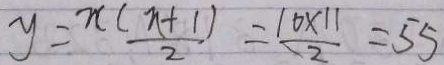
y = \frac { n ( n + 1 ) } { 2 } = \frac { 1 0 \times 1 1 } { 2 } = 5 5